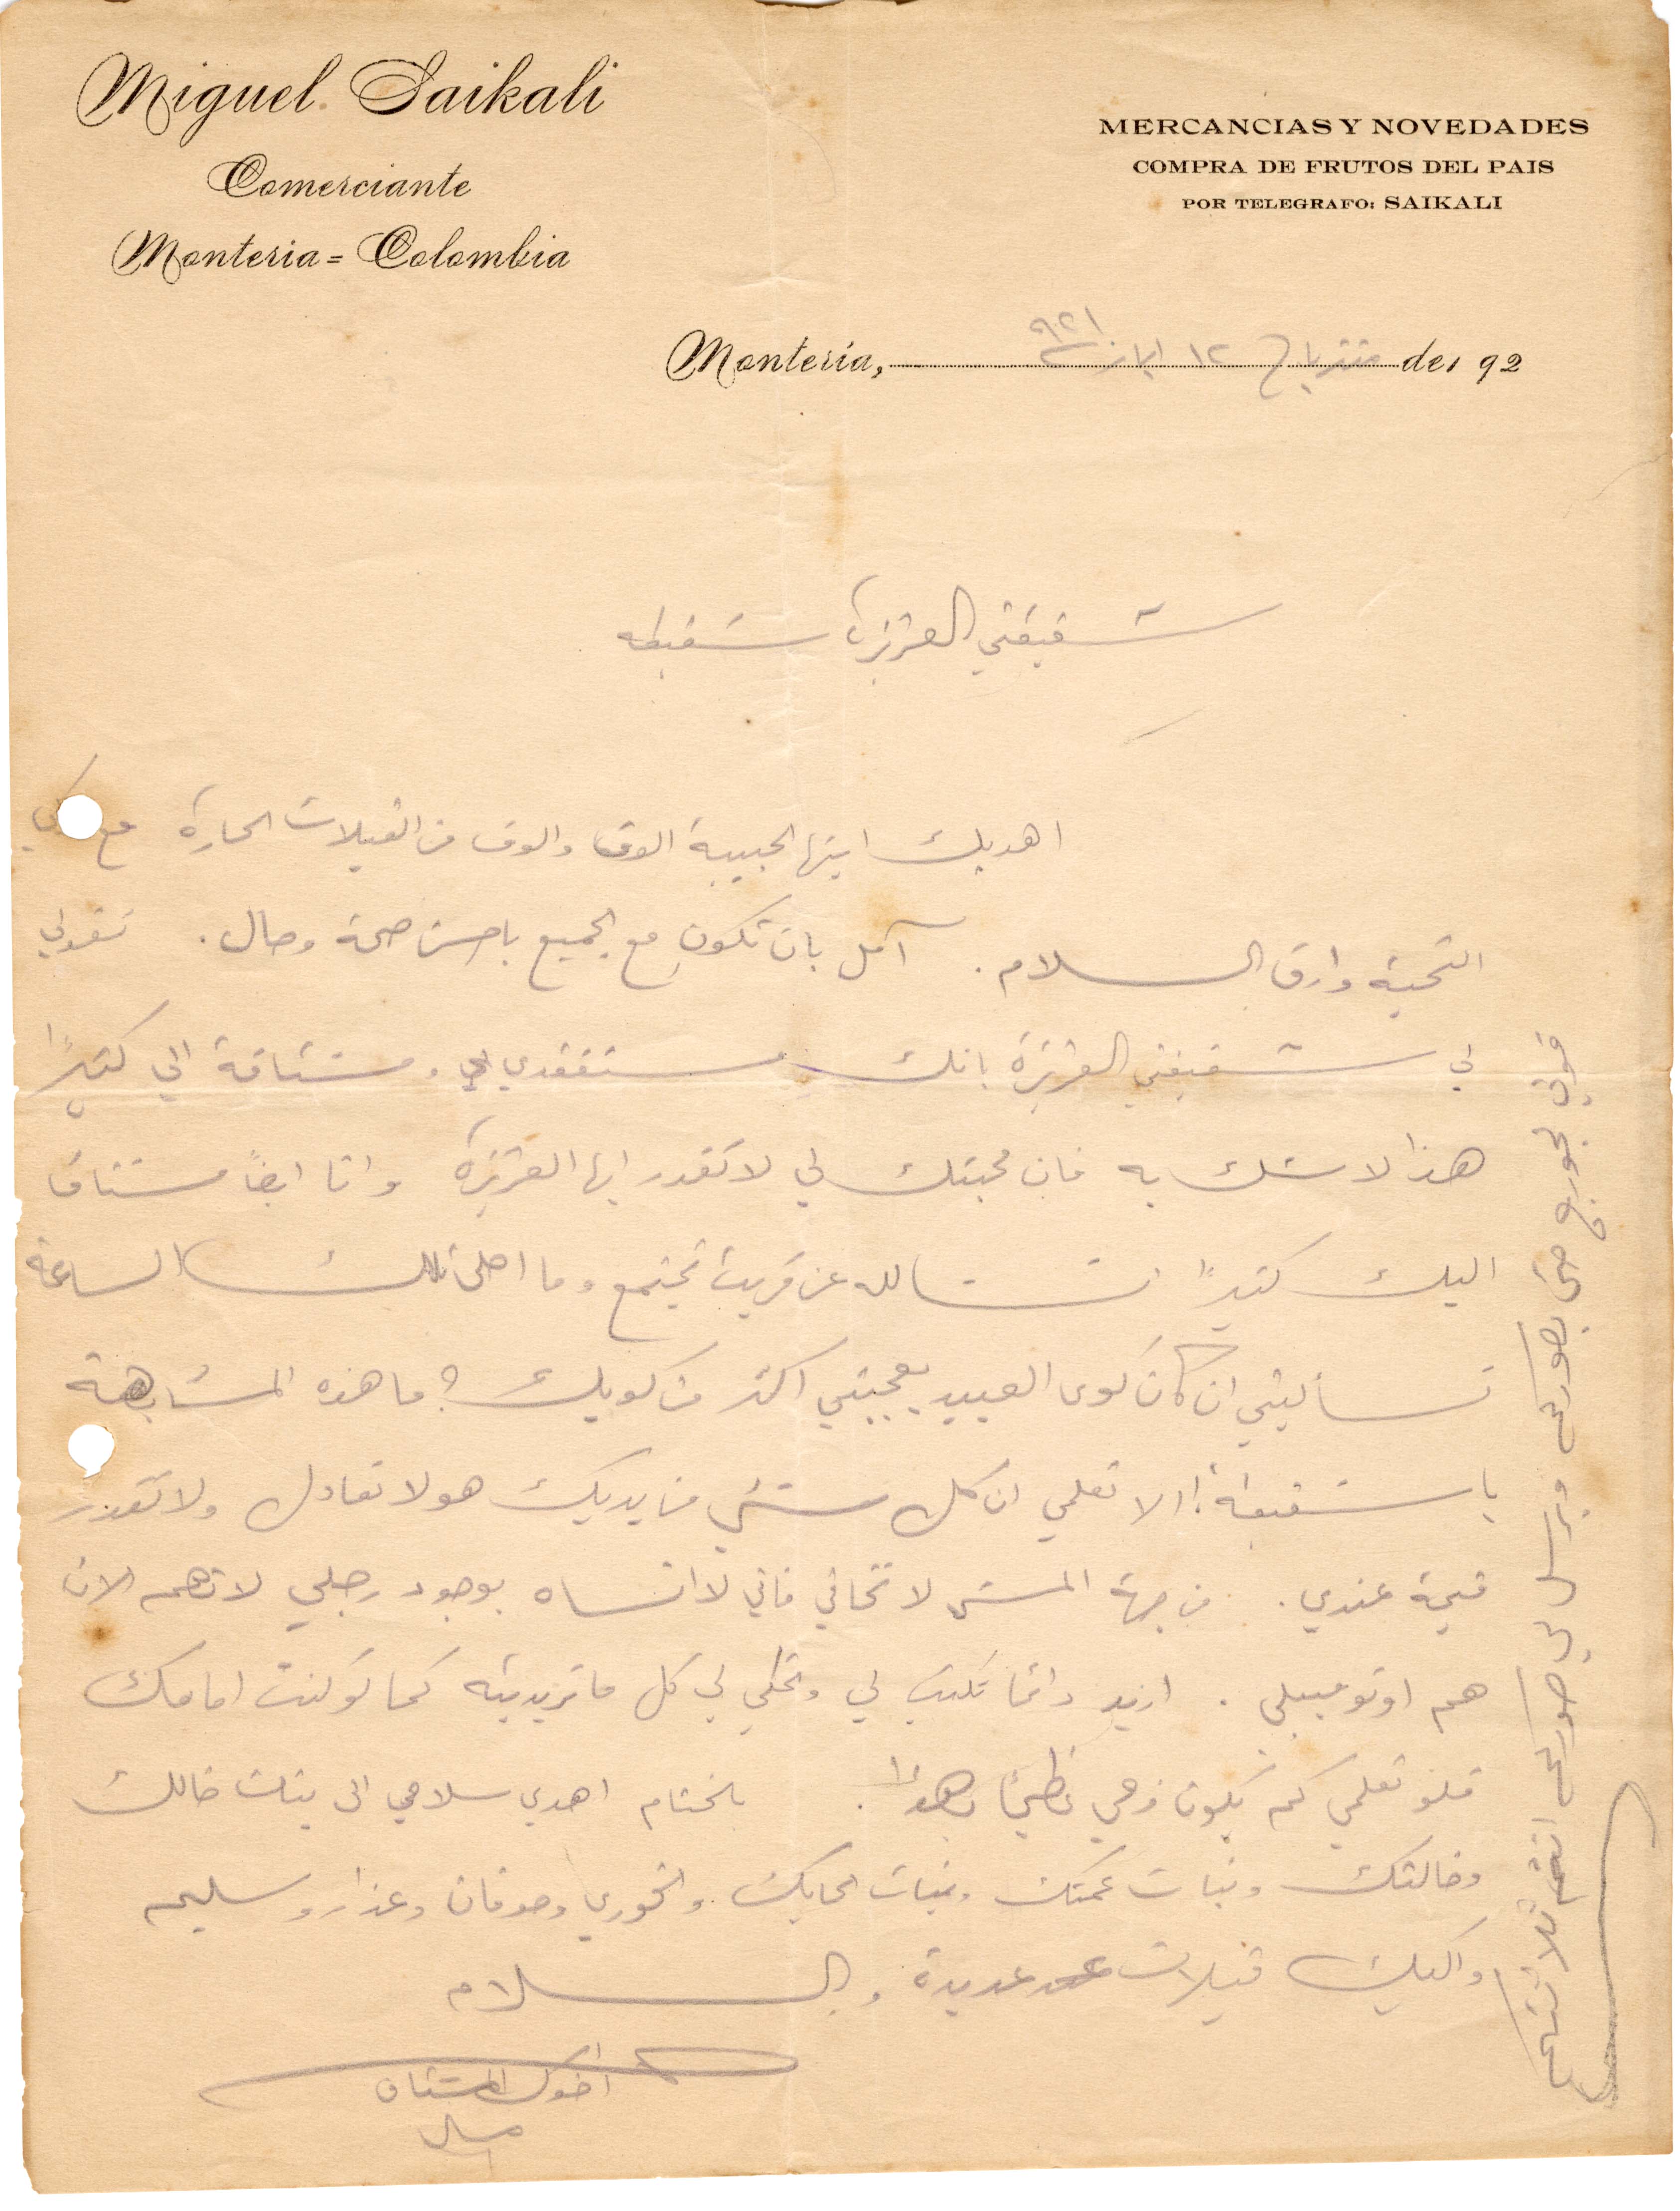
شقيقتي العزيزة شفيقة
اهديك ايتها الحبيبة الوف والوف من الفبلات الحارة ومع كل
التحية وارق السلام. آمل بان تكون مع الجميع باحسن صحة وحال. تقولي
لي شقيقتي العزيزة بانك مستفقدي ومشتاقة الى كثيرًا
هذا لا شك به فان محبتك لي لا تقدر أيها العزيزة وأنا ايضًا مشتاق
ليك كثيرًأ انشالله عن قريب نجتمع وما احلى تلك الساعة
سألتيني ان كان كوى العبيد يعجبني اكثر من كويك؟ ما هذه المشابهة
يا شفيقة الا تعلمي ان كل شيء من يديك هو لا تعادل ولا تقدر
قيمة عندي. من جهة المشي لا تخافي فاني لا انساه بوجود رجلي لا تهم الان
هم اوتومبيل. اريد دائمًا تكتب لي وتحكي لي كل ما تريدينه كما لو كنت امامك
فلو تعلمي كم يكون فرحي عظيمًأ وهو لا . بالختام اهدي سلامي الى بنات خالك
وخالتك وبنات عمتك وبنات الحايك والخوري وصوفان وعذار وسليم
واليك قبلات عديدة والسلام
اخوك المشتاق